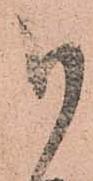
御